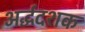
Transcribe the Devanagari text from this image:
अर्द्धदशक